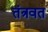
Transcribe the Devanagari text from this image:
तंत्रवत